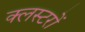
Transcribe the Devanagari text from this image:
क्लस्टरों